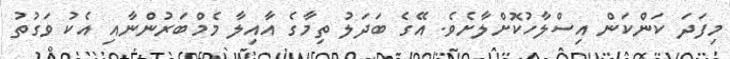
މިފަދަ ކަންކަން އިސްލާހުކޮށްލާށެވެ. އޭގެ ބަދަލު ތިމާގެ އާއިލާ މެމްބަރުންނާއި އެކު ވަގުތު